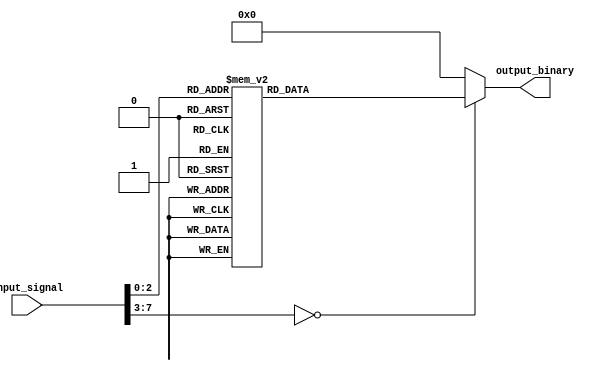
module Encoder(
    input wire [7:0] input_signal,
    output reg [3:0] output_binary
);

always @(*) begin
    case(input_signal)
        8'b00000000: output_binary = 4'b0000;
        8'b00000001: output_binary = 4'b0001;
        8'b00000010: output_binary = 4'b0010;
        8'b00000011: output_binary = 4'b0011;
        8'b00000100: output_binary = 4'b0100;
        8'b00000101: output_binary = 4'b0101;
        8'b00000110: output_binary = 4'b0110;
        8'b00000111: output_binary = 4'b0111;
        // Add more cases as needed based on predetermined rules
        default: output_binary = 4'b0000; // Default case
    endcase
end

endmodule